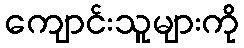
ကျောင်းသူများကို